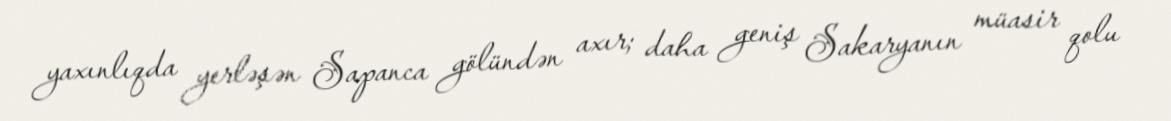
yaxınlıqda yerləşən Sapanca gölündən axır; daha geniş Sakaryanın müasir qolu